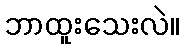
ဘာထူးသေးလဲ။